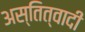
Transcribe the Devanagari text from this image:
अस्तित्वादी